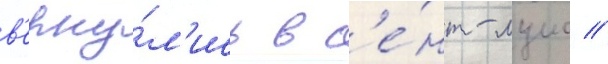
в'ерну́л'ись в с'е́нт-луис //